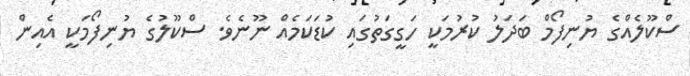
ސްކޫލެއްގެ ޔުނިފޯމް ބަދަލު ކުރުމަކީ ހަގީގަތުގައި ކުޑަކަމެއް ނޫނެވެ. ސްކޫލުގެ ޔުނިފޯމަކީ އެއިން